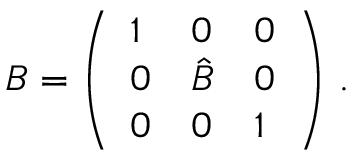
B = \left( \begin{array} { l l l } { { 1 } } & { { 0 } } & { { 0 } } \\ { { 0 } } & { { \hat { B } } } & { { 0 } } \\ { { 0 } } & { { 0 } } & { { 1 } } \end{array} \right) \, .